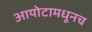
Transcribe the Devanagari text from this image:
आयोटामधूनच